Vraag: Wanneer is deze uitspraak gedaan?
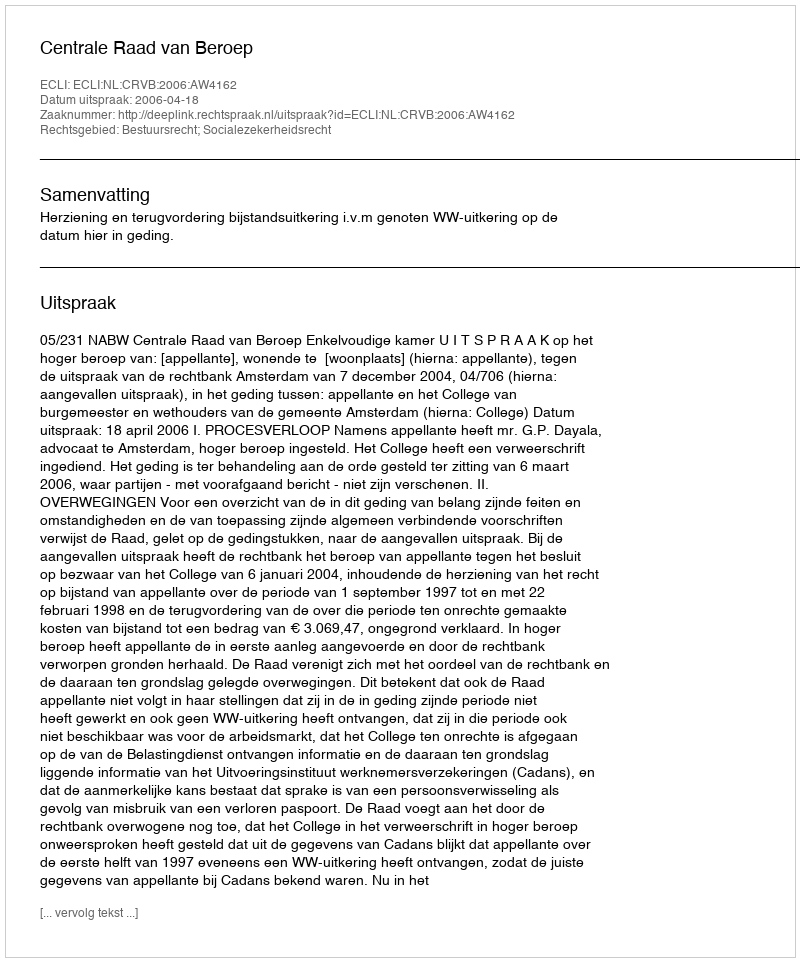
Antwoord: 2006-04-18